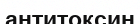
антитоксин